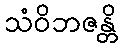
သံဝိဘဇန္တိ